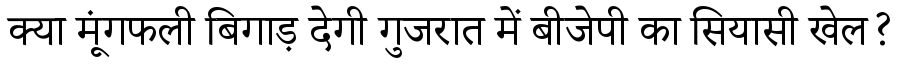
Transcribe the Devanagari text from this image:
क्या मूंगफली बिगाड़ देगी गुजरात में बीजेपी का सियासी खेल?